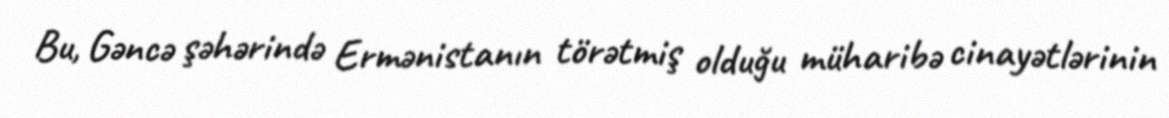
Bu, Gəncə şəhərində Ermənistanın törətmiş olduğu müharibə cinayətlərinin